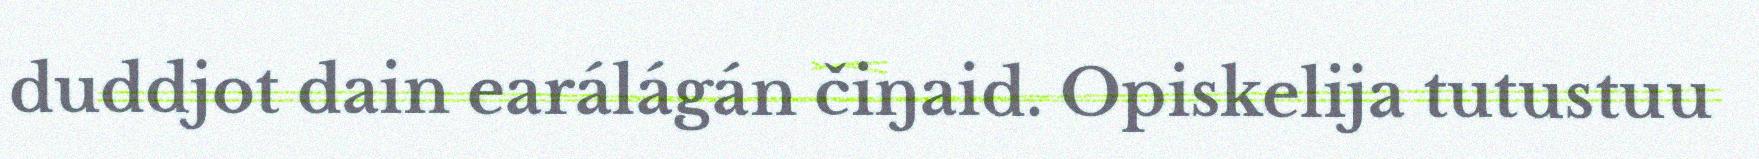
duddjot dain earálágán čiŋaid. Opiskelija tutustuu